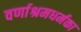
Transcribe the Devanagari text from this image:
वर्णाश्रमधर्मका